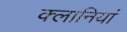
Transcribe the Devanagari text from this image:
क्लानियां